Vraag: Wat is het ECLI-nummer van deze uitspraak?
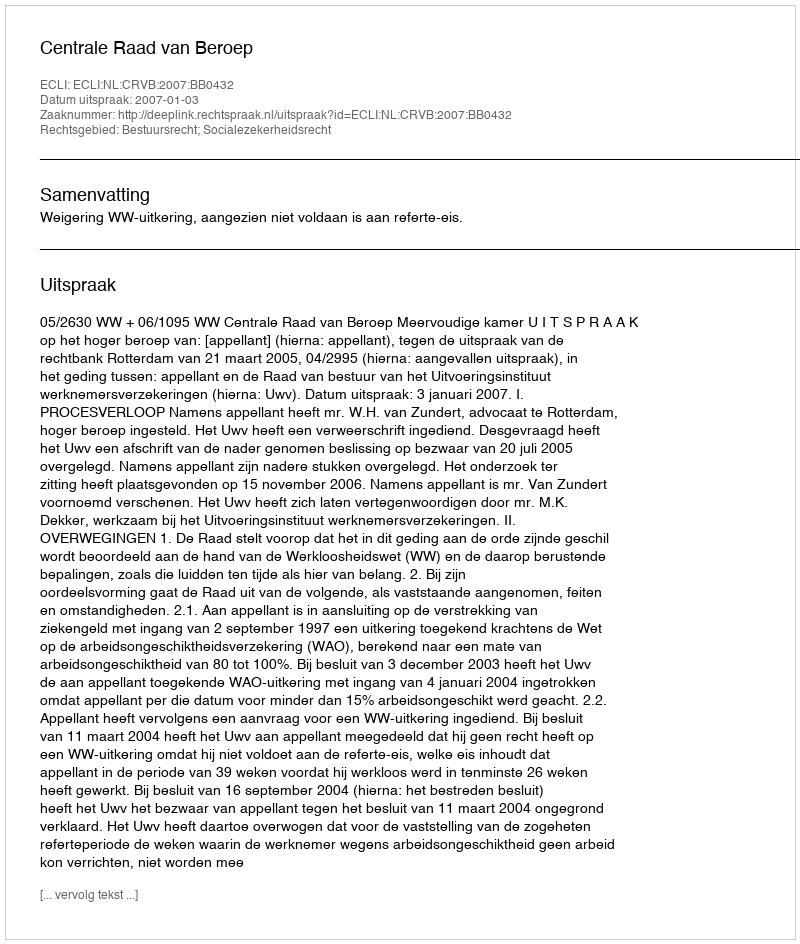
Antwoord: ECLI:NL:CRVB:2007:BB0432